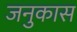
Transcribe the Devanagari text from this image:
जनुकास